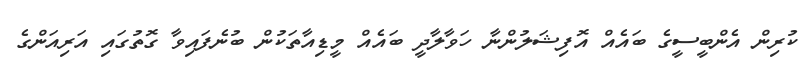
ކުރިން އެންބީސީގެ ބައެއް އޮފިޝަލުންނާ ހަވާލާދީ ބައެއް މީޑިއާތަކުން ބުނެފައިވާ ގޮތުގައި އަރިއަންގެ